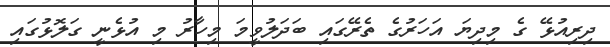
ދިރިއުޅޭ ގެ މިދިޔަ އަހަރުގެ ތެރޭގައި ބަދަލުވީމަ މިހާރު މި އުޅެނީ ގަލޮޅުގައި